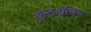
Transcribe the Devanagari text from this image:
अन्तःग्रथित